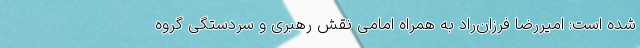
شده است: امیررضا فرزان‌راد به همراه امامی نقش رهبری و سردستگی گروه